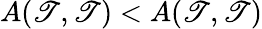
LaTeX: A(\mathscr{T},\mathscr{T})<A(\mathscr{T},\mathscr{T})